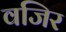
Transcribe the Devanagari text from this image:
वजिर